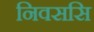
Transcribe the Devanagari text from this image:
निवससि